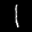
Label: 1